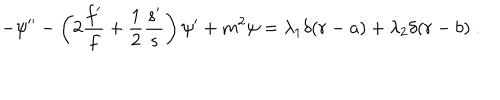
- \psi ^ { \prime \prime } - \left( 2 \frac { f ^ { \prime } } { f } + \frac { 1 } { 2 } \frac { s ^ { \prime } } { s } \right) \psi ^ { \prime } + m ^ { 2 } \psi = \lambda _ { 1 } \delta ( r - a ) + \lambda _ { 2 } \delta ( r - b ) \ .